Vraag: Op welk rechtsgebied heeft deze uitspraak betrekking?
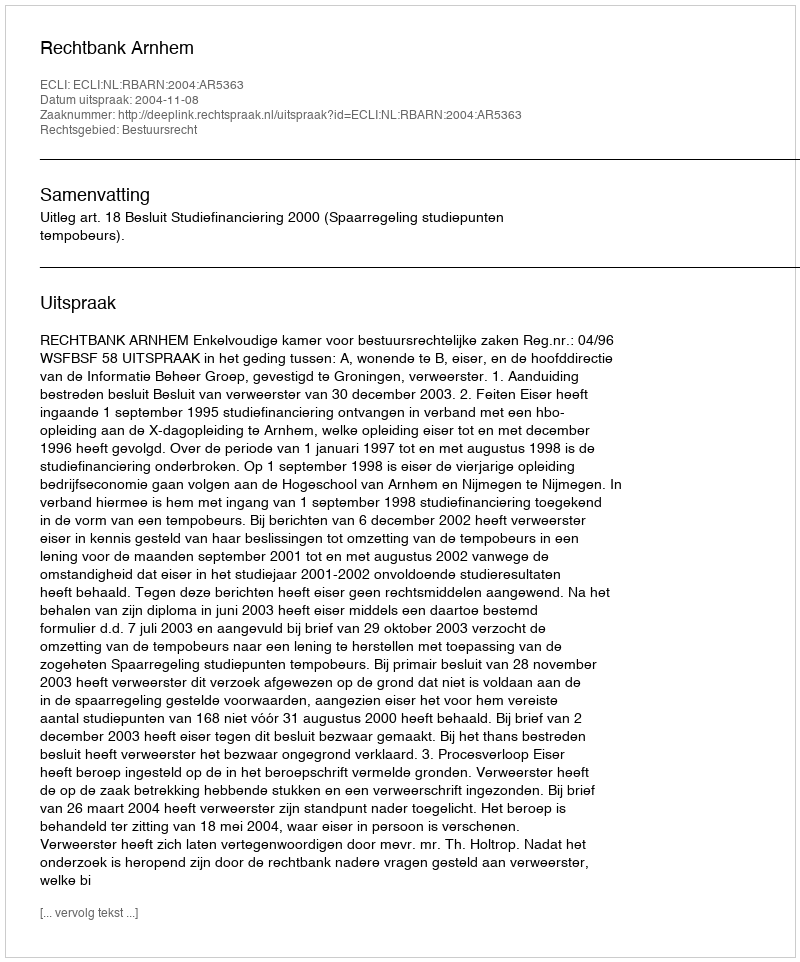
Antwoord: Bestuursrecht